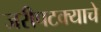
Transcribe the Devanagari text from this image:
जरीपटक्याचे